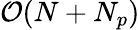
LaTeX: \mathcal{O}(N+N_{p})